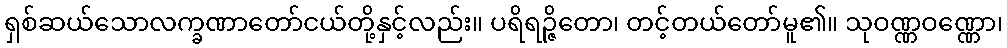
ရှစ်ဆယ်သောလက္ခဏာတော်ငယ်တို့နှင့်လည်း။ ပရိရဉ္ဇိတော၊ တင့်တယ်တော်မူ၏။ သုဝဏ္ဏဝဏ္ဏော၊